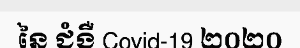
នៃ ជំងឺ Covid-19 ២០២០